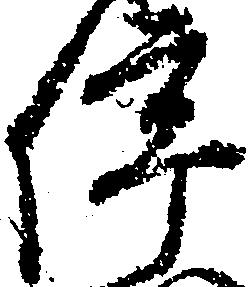
停